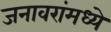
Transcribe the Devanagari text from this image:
जनावरांमध्ये